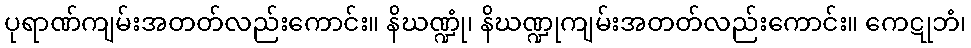
ပုရာဏ်ကျမ်းအတတ်လည်းကောင်း။ နိဃဏ္ဍုံ၊ နိဃဏ္ဍုကျမ်းအတတ်လည်းကောင်း။ ကေဋုဘံ၊